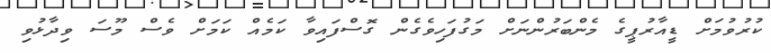
ކުރުވުމަށް ޑީއާރުޕީގެ މެންބަރުންނަށް މަގުފަހިވެގެން ގޮސްފައިވާ ކަމެއް ކަމަށް ވެސް މޫސަ ވިދާޅުވި